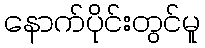
နောက်ပိုင်းတွင်မူ